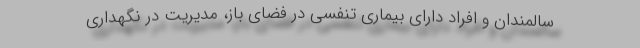
سالمندان و افراد دارای بیماری تنفسی در فضای باز، مدیریت در نگهداری